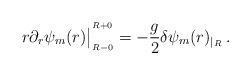
LaTeX: \begin{align*}r \partial_r \psi_m (r) \big|^{^{R+0}}_{_{R-0}}=-{g\over 2}\delta\psi_m(r)_{|_R}\,. \end{align*}